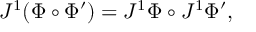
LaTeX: J ^ { 1 } ( \Phi \circ \Phi ^ { \prime } ) = J ^ { 1 } \Phi \circ J ^ { 1 } \Phi ^ { \prime } ,